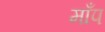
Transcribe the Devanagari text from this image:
माँप